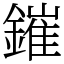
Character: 鏙